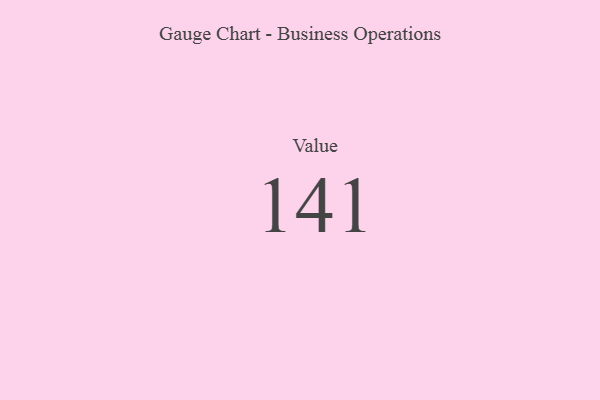
{"axis": {"x": "Metric", "y": "Value"}, "legend": [""], "data": [{"x": "Value", "y": 141, "type": ""}]}